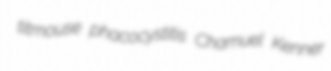
titmouse phacocystitis Chamuel Kenner